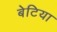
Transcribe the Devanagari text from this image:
बेटिया